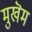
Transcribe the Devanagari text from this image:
मुखॆम